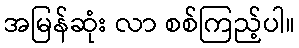
အမြန်ဆုံး လာ စစ်ကြည့်ပါ။